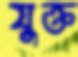
যুক্ত